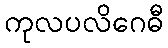
ကုလပလိဂေဓီ